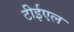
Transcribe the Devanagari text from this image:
टीईएल